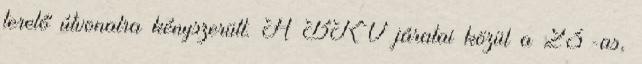
terelő útvonalra kényszerült. A BKV járatai közül a 23-as,